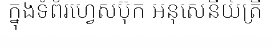
ក្នុងទំព័រហ្វេសប៊ុក អនុសេនីយ៍ត្រី